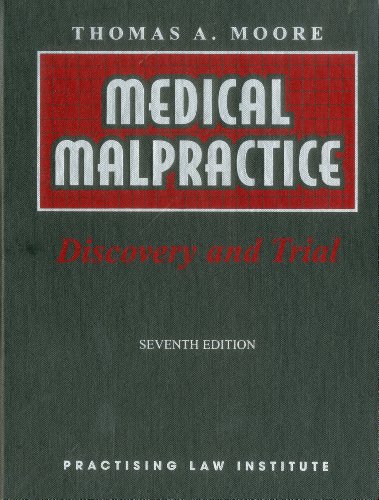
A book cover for Medical Malpractice: Discovery and Trial (2 Volume Set) (PLI Press's litigation Library); Thomas A. Moore; Law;